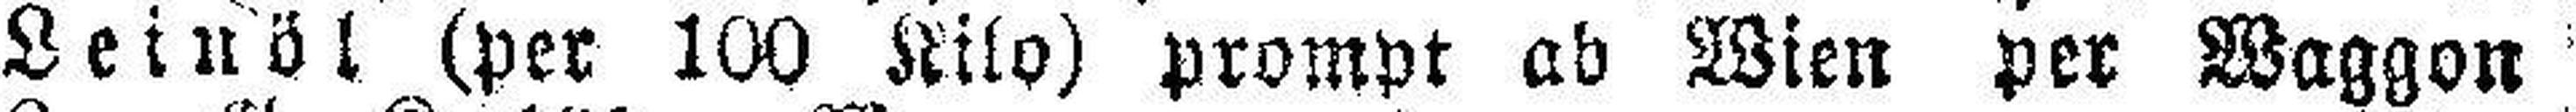
Leinöl (per 100 Kilo) prompt ab Wien per Waggon